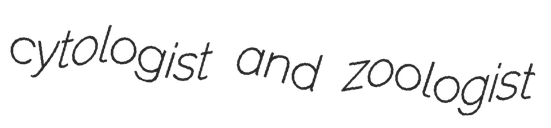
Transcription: cytologist and zoologist